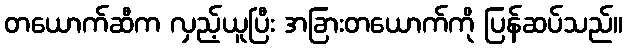
တယောက်ဆီက လှည့်ယူပြီး အခြားတယောက်ကို ပြန်ဆပ်သည်။